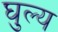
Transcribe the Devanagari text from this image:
घुल्य